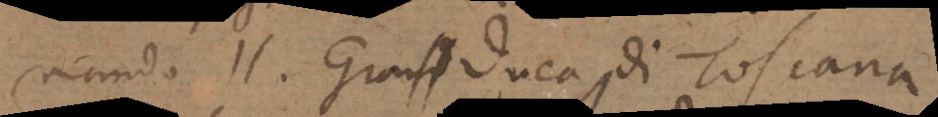
nando II. Gran Duca di Toscana.